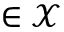
\in { \mathcal { X } }